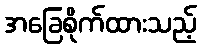
အခြေစိုက်ထားသည့်